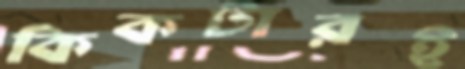
কিকটারই